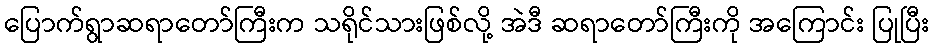
ပြောက်ရွာဆရာတော်ကြီးက သရိုင်သားဖြစ်လို့ အဲဒီ ဆရာတော်ကြီးကို အကြောင်း ပြုပြီး